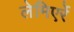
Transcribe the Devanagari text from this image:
लेमिएर्रे